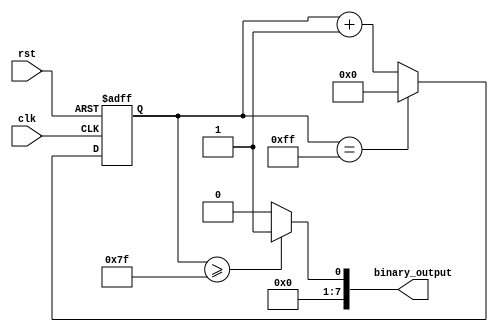
module clock_divider (
    input wire clk,
    input wire rst,
    output reg [7:0] binary_output
);

reg [7:0] counter;

always @(posedge clk or posedge rst) begin
    if (rst) begin
        counter <= 8'h00;
    end else begin
        if (counter == 8'hFF) begin
            counter <= 8'h00;
        end else begin
            counter <= counter + 1;
        end
    end
end

always @(*) begin
    if (counter >= 8'h7F) begin
        binary_output <= 1;
    end else begin
        binary_output <= 0;
    end
end

endmodule